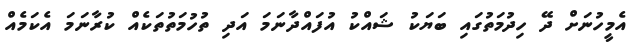
އެމީހުނަށް ދޭ ހިދުމަތުގައި ބަޔަކު ޝައްކު އުފައްދާނަމަ އަދި ތުހުމަތުތަކެއް ކުރާނަމަ އެކަމެއް